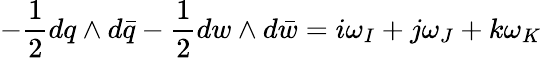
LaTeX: -{\frac{1}{2}}dq\wedge d\bar{q}-{\frac{1}{2}}dw\wedge d\bar{w}=i\omega_{I}+j\omega_{J}+k\omega_{K}